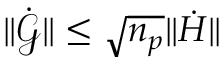
\lVert \dot { \boldsymbol { \mathcal { G } } } \rVert \leq \sqrt { n _ { p } } \lVert \dot { H } \rVert